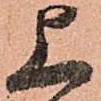
上